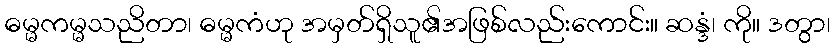
ဓမ္မကမ္မသညိတာ၊ ဓမ္မကံဟု အမှတ်ရှိသူ၏အဖြစ်လည်းကောင်း။ ဆန္ဒံ၊ ကို။ ဒတွာ၊